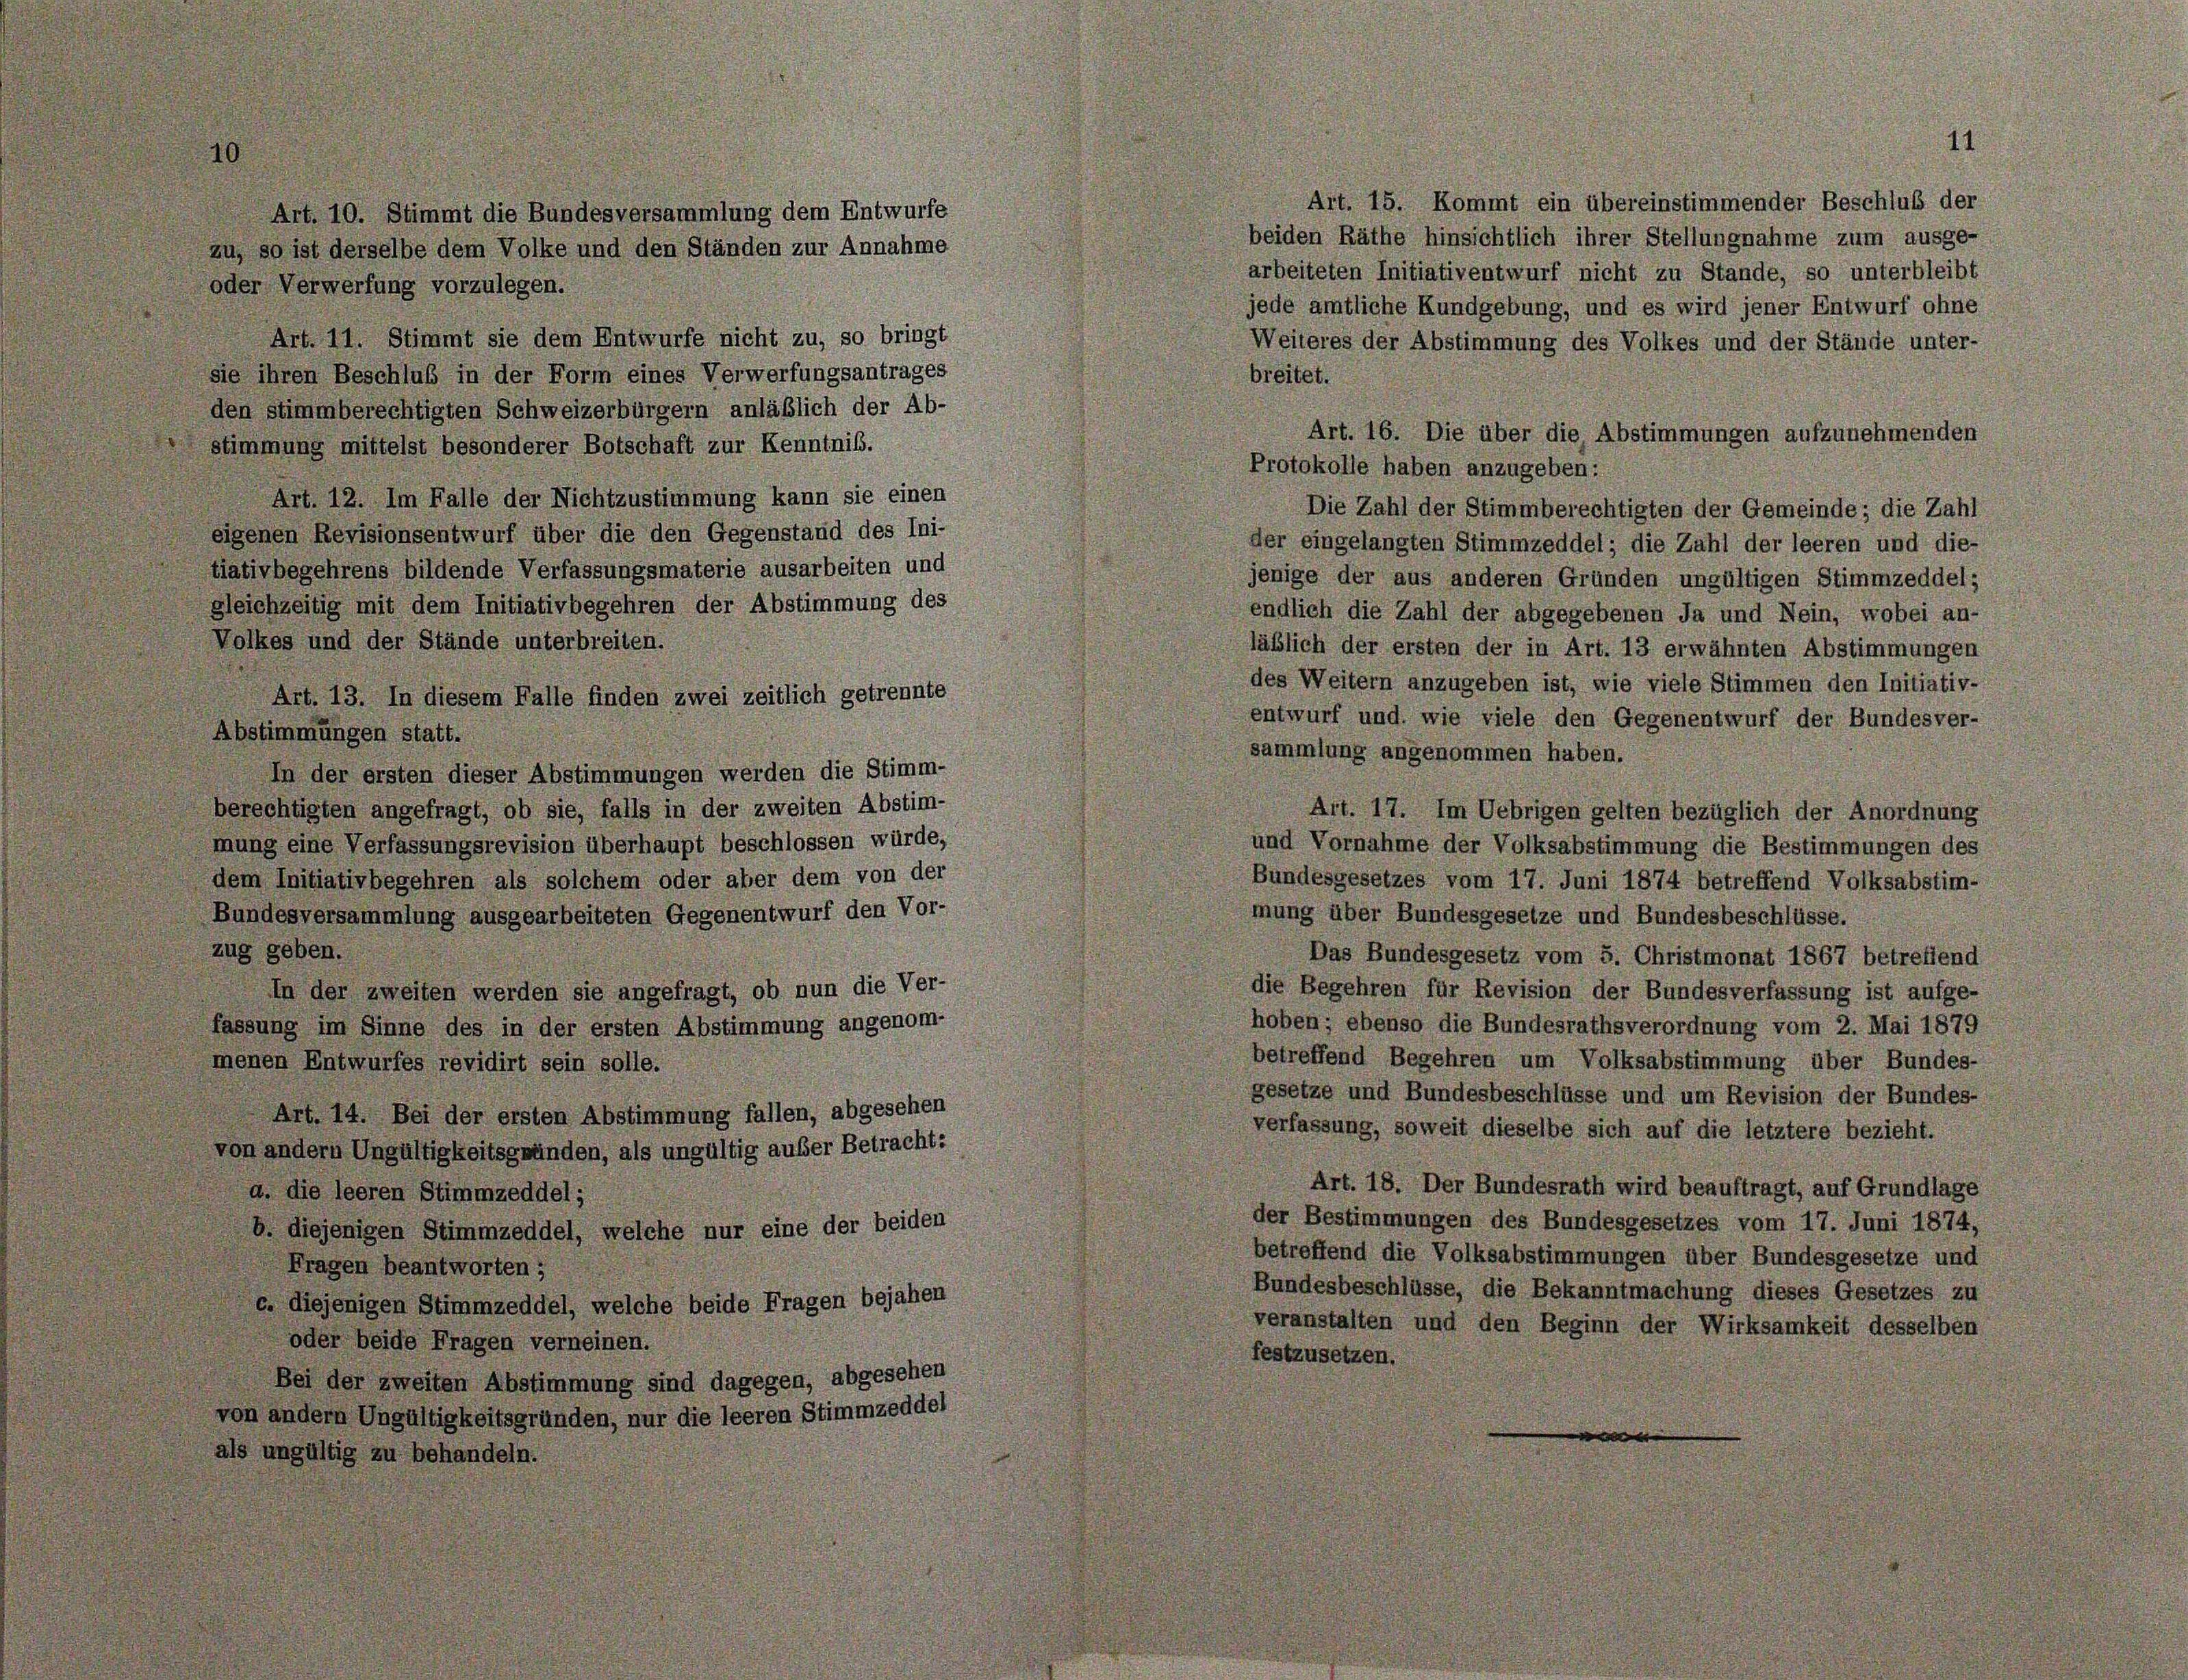
Art. 10. Stimmt die Bundesversammlung dem Entwurfe
Art. 11. Stimmt sie dem Entwurfe nicht zu, so bringt
sie ihren Beschluß in der Form eines Verwerfungsantrages

den stimmberechtigten Schweizerbürgern anläßlich der Ab-
stimmung mittelst besonderer Botschaft zur Kenntnis.
Art. 12. Im Falle der Nichtzustimmung kann sie einen
eigenen Revisionsentwurf über die den Gegenstand des Ini-
tiativbegehrens bildende Verfassungsmaterie ausarbeiten und
gleichzeitig mit dem Initiativbegehren der Abstimmung des
Volkes und der Stände unterbreiten.
Art. 13. In diesem Falle finden zwei zeitlich get.
Abstimmungen statt.
In der ersten dieser Abstimmungen werden die Stimm-
berechtigten angefragt, ob sie, falls in der zweiten Abstim-
mung eine Verfassungsrevision überhaupt beschlossen würde,
dem Initiativbegehren als solchem oder aber dem von der
Bundesversammlung ausgearbeiteten Gegenentwurf den Vor-
zug geben.
In der zweiten werden sie angefragt, ob nun die Ver-
fassung im Sinne des in der ersten Abstimmung angenom-
menen Entwurfes revidirt sein solle.
Art. 14. Bei der ersten Abstimmung fallen, abgesehen
von andern Ungültigkeitsgründen, als ungültig außer Betracht:
a. die leeren Stimmzeddel;
b. diejenigen Stimmzeddel, welche nur eine der beiden
Fragen beantworten;
c. diejenigen Stimmzeddel, welche beide Fragen bejahen
oder beide Fragen verneinen.
Bei der zweiten Abstimmung sind dagegen, abgesehen
von andern Ungültigkeitsgründen, nur die leeren Stimmzeddel
als ungültig zu behandeln.

zu, so ist derselbe dem Volke und den Ständen zur Annahme
oder Verwerfung vorzulegen.

nnte

Art. 15. Kommt ein übereinstimmender Beschluß der
beiden Räthe hinsichtlich ihrer Stellungnahme zum ausge-
arbeiteten Initiativentwurf nicht zu Stande, so unterbleibt
jede amtliche Kundgebung, und es wird jener Entwurf ohne
Weiteres der Abstimmung des Volkes und der Stände unter-
breitet.
Art. 16. Die über die, Abstimmungen aufzunehmenden
Protokolle haben anzugeben:
Die Zahl der Stimmberechtigten der Gemeinde; die Zahl
der eingelangten Stimmzeddel; die Zahl der leeren und die-
jenige der aus anderen Gründen ungültigen Stimmzeddel;
endlich die Zahl der abgegebenen Ja und Nein, wobei an-
läßlich der ersten der in Art. 13 erwähnten Abstimmungen
des Weitern anzugeben ist, wie viele Stimmen den Initiativ-
entwurf und wie viele den Gegenentwurf der Bundesver-
sammlung angenommen haben.
Art. 17. Im Uebrigen gelten bezüglich der Anordnung
und Vornahme der Volksabstimmung die Bestimmungen des
Bundesgesetzes vom 17. Juni 1874 betreffend Volksabstim-
mung über Bundesgesetze und Bundesbeschlüsse.
Das Bundesgesetz vom 5. Christmonat 1867 betreffend
die Begehren für Revision der Bundesverfassung ist aufge-
hoben; ebenso die Bundesrathsverordnung vom 2. Mai 1879
betreffend Begehren um Volksabstimmung über Bundes-
gesetze und Bundesbeschlüsse und um Revision der Bundes-
verfassung, soweit dieselbe sich auf die letztere bezieht.
Art. 18. Der Bundesrath wird beauftragt, auf Grundlage
der Bestimmungen des Bundesgesetzes vom 17. Juni 1874,
betreffend die Volksabstimmungen über Bundesgesetze und
Bundesbeschlüsse, die Bekanntmachung dieses Gesetzes zu
veranstalten und den Beginn der Wirksamkeit desselben
festzusetzen.